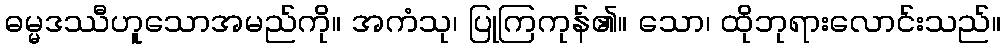
ဓမ္မဒဿီဟူသောအမည်ကို။ အကံသု၊ ပြုကြကုန်၏။ သော၊ ထိုဘုရားလောင်းသည်။